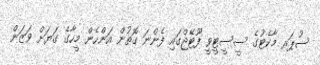
ސުޕަރ މާކެޓުގެ ސީސީޓީވީ ފޫޓޭޖްގައި ފެންނަ ގޮތުން އަންހެން މީހާގެ ގަޔަށް ވަޒަން